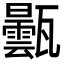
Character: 𤮦